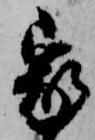
家